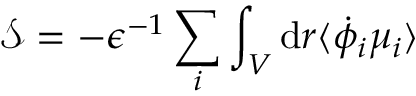
\mathcal { S } = - \epsilon ^ { - 1 } \sum _ { i } \int _ { V } \mathrm { d } \boldsymbol { r } \langle \dot { \phi } _ { i } \mu _ { i } \rangle